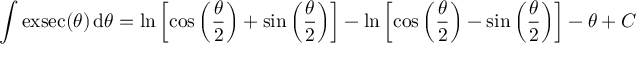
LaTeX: \int \operatorname { e x s e c } ( \theta ) \, \mathrm { d } \theta = \ln \left[ \cos \left( { \frac { \theta } { 2 } } \right) + \sin \left( { \frac { \theta } { 2 } } \right) \right] - \ln \left[ \cos \left( { \frac { \theta } { 2 } } \right) - \sin \left( { \frac { \theta } { 2 } } \right) \right] - \theta + C